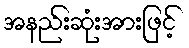
အနည်းဆုံးအားဖြင့်